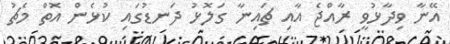
އޭނާ ވިދާޅުވީ ރާއްޖެ އާއި ޗައިނާ ގަލޮޅު ދަނޑުގައި ކުޅެން އޮތް މެޗު